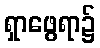
ရှာဖွေရာ၌